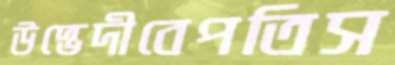
উদ্ভেদীবেপতিস